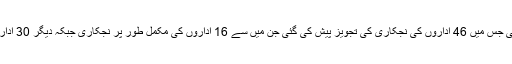
ڈاکٹر عشرت حسین کمیٹی کی تیسری رپورٹ کابینہ کے سامنے پیش کی گئی جس میں 46 اداروں کی نجکاری کی تجویز پیش کی گئی جن میں سے 16 اداروں کی مکمل طور پر نجکاری جبکہ دیگر 30 اداروں کی نجکاری یا سرمایہ پاکستان کو منتقل کرنے کی سفارش کی گئی ہے ۔